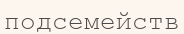
подсемейств